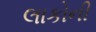
લાકોની